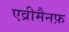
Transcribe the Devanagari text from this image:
एव्रीमैनफ़